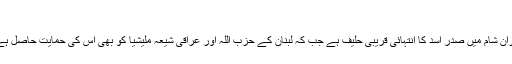
‘‘
ایران شام میں صدر اسد کا انتہائی قریبی حلیف ہے جب کہ لبنان کے حزب اللہ اور عراقی شیعہ ملیشیا کو بھی اس کی حمایت حاصل ہے۔